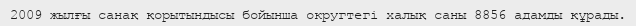
2009 жылғы санақ қорытындысы бойынша округтегі халық саны 8856 адамды құрады.